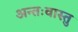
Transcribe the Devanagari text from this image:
अन्तःवास्तु